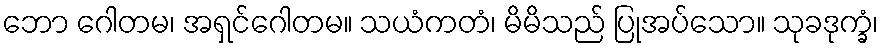
ဘော ဂေါတမ၊ အရှင်ဂေါတမ။ သယံကတံ၊ မိမိသည် ပြုအပ်သော။ သုခဒုက္ခံ၊